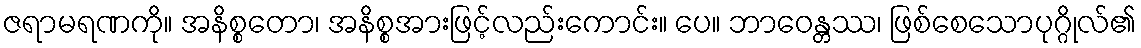
ဇရာမရဏကို။ အနိစ္စတော၊ အနိစ္စအားဖြင့်လည်းကောင်း။ ပေ။ ဘာဝေန္တဿ၊ ဖြစ်စေသောပုဂ္ဂိုလ်၏